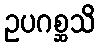
ဥပဂစ္ဆသိ